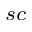
_ { s c }